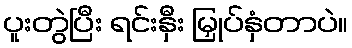
ပူးတွဲပြီး ရင်းနှီး မြှုပ်နှံတာပဲ။